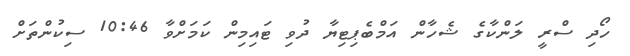
ހޯދި ސްރީ ލަންކާގެ ޝެހާން އަމްބެޕިޓިޔާ ދުވި ޓައިމިން ކަމަށްވާ 10:46 ސިކުންތަށް